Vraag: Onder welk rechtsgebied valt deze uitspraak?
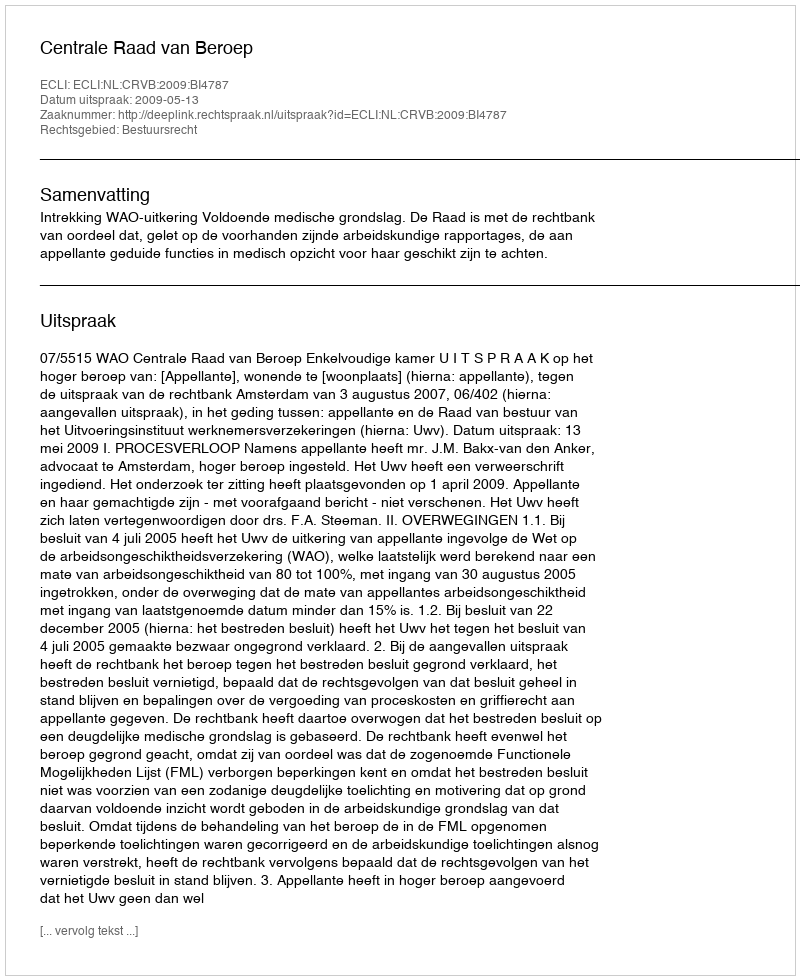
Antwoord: Bestuursrecht